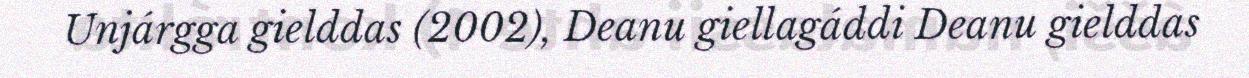
Unjárgga gielddas (2002), Deanu giellagáddi Deanu gielddas